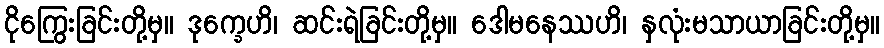
ငိုကြွေးခြင်းတို့မှ။ ဒုက္ခေဟိ၊ ဆင်းရဲခြင်းတို့မှ။ ဒေါမနေဿဟိ၊ နှလုံးမသာယာခြင်းတို့မှ။